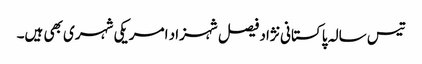
تیس سالہ پاکستانی نژاد فیصل شہزاد امریکی شہری بھی ہیں۔